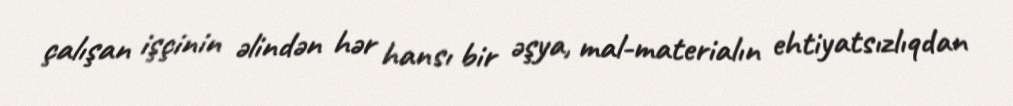
çalışan işçinin əlindən hər hansı bir əşya, mal-materialın ehtiyatsızlıqdan